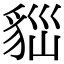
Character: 𧳀